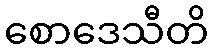
စောဒေသီတိ